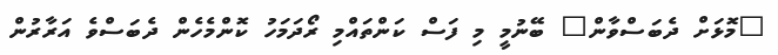
"މޮޅަށް ދެބަސްވާން" ބޭނުމީ މި ފަސް ކަންތައްމި ރޯދަމަހު ކޮންމެހެން ދެބަސްވެ އަރާރުން